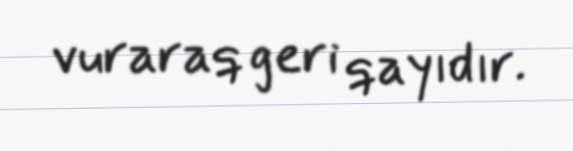
vuraraq geri qayıdır.